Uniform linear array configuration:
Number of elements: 32
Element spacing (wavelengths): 1
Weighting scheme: binomial
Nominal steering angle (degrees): -60
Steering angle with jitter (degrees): -58.824
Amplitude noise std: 0.05
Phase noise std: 0.05

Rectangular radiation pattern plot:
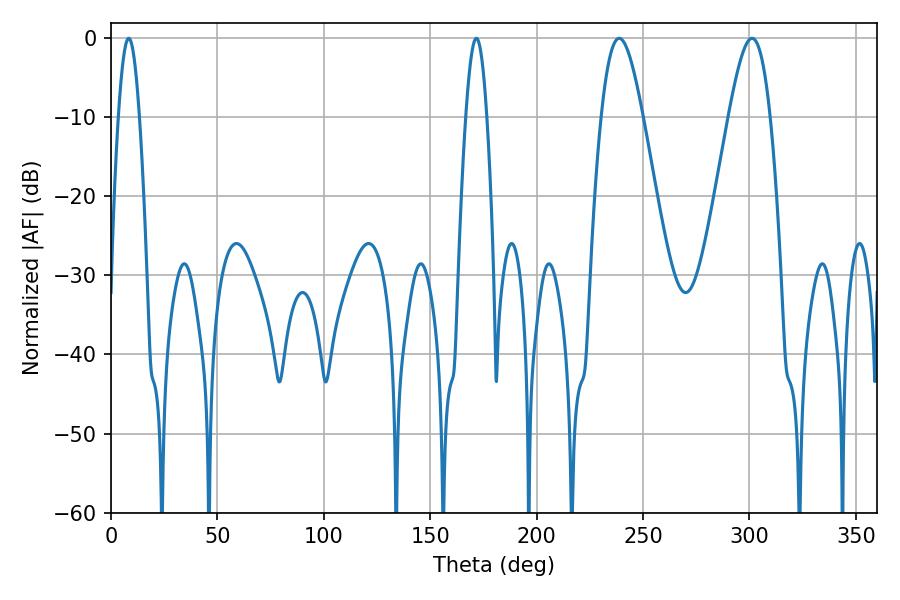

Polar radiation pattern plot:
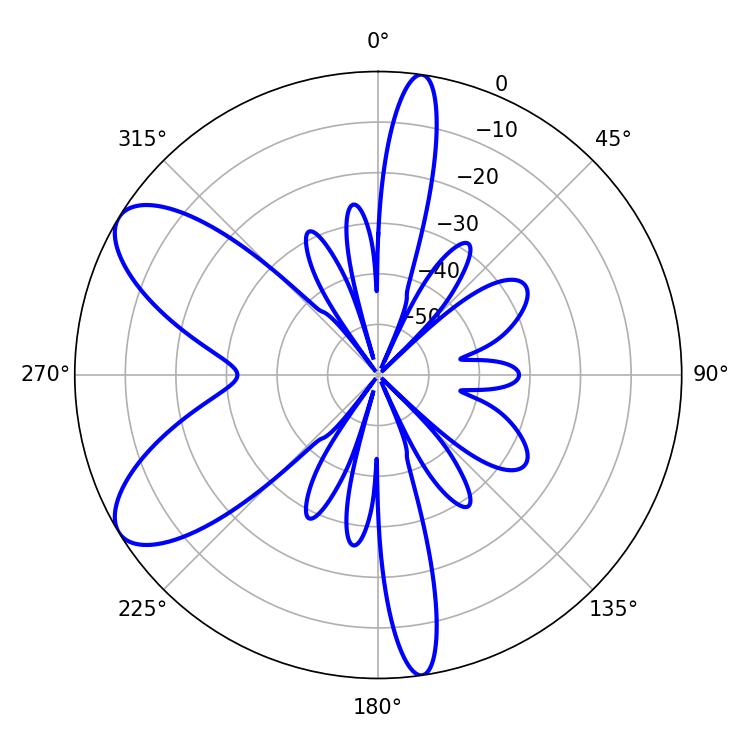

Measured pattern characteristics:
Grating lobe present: TRUE
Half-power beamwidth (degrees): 10.44
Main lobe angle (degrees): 238.86